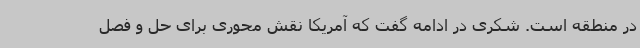
در منطقه است. شکری در ادامه گفت که آمریکا نقش محوری برای حل و فصل